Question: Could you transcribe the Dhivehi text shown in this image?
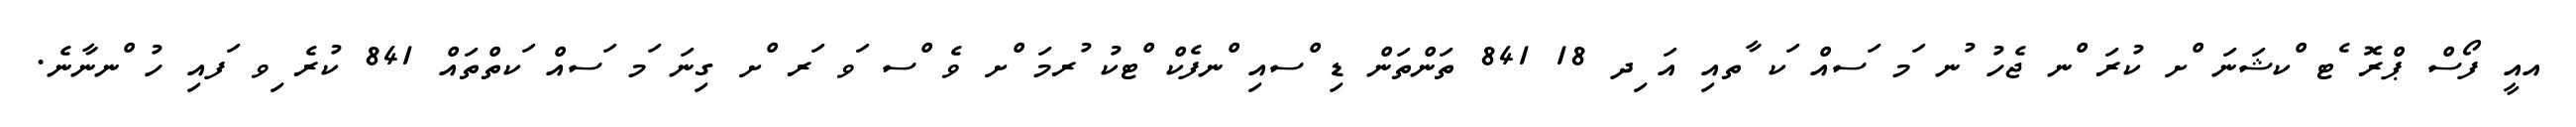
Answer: އއީ ފޯސް ޕްރޮ ެޓ ްކޝަނަ ްށ ކުރަ ްނ ޖެހު ުނ ަމ ަސއް ަކ ާތއި އަ ިދ 18 841 ތަންތަން ޑި ްސއި ްނފެކް ްޓކު ުރމަ ްށ ވެ ްސ ަވ ަރ ްށ ގިނަ ަމ ަސއް ަކތްތައް 841 ކުރެ ިވ ަފއި ހު ްނނާނެ.